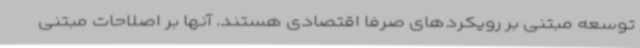
توسعه مبتنی بر رویکردهای صرفاً اقتصادی هستند. آنها بر اصلاحات مبتنی